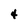
Character: 4